Indian journal of veterinary science and animal husbandry - Volumes 26-27, 1956-1957
Year: 1956
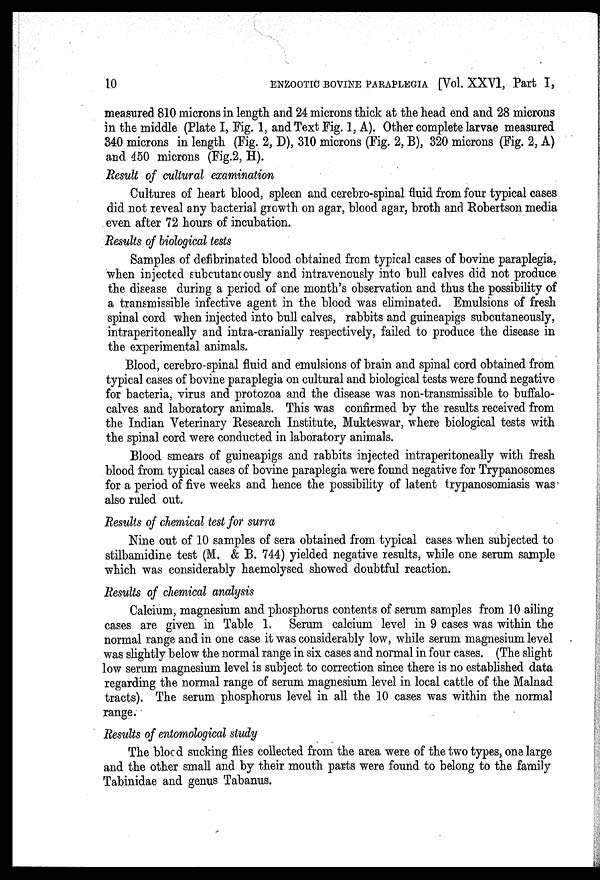
10
ENZOOTIC
BOVINE
PARAPLEGIA
[Vol. XXVI, Part I,
measured 810 microns in length and 24 microns thick at the head end and 28 microns
in the middle (Plate I, Fig. 1, and Text Fig. 1, A). Other complete larvae measured
340 microns in length (Fig. 2, D), 310 microns (Fig. 2, B), 320 microns (Fig. 2, A)
and 450 microns (Fig.2, H).
Result of cultural examination
Cultures of heart blood, spleen and cerebro-spinal fluid from four typical cases
did not reveal any bacterial growth on agar, blood agar, broth and Robertson media
even after 72 hours of incubation.
Results of biological tests
Samples of defibrinated blood obtained from typical cases of bovine paraplegia,
when injected subcutaneously and intravenously into bull calves did not produce
the disease during a period of one month's observation and thus the possibility of
a transmissible infective agent in the blood was eliminated. Emulsions of fresh
spinal cord when injected into bull calves, rabbits and guineapigs subcutaneously,
intraperitoneally and intra-cranially respectively, failed to produce the disease in
the experimental animals.
Blood, cerebro-spinal fluid and emulsions of brain and spinal cord obtained from
typical cases of bovine paraplegia on cultural and biological tests were found negative
for bacteria, virus and protozoa and the disease was non-transmissible to buffalo-
calves and laboratory animals. This was confirmed by the results received from
the Indian Veterinary Research Institute, Mukteswar, where biological tests with
the spinal cord were conducted in laboratory animals.
Blood smears of guineapigs and rabbits injected intraperitoneally with fresh
blood from typical cases of bovine paraplegia were found negative for Trypanosomes
for a period of five weeks and hence the possibility of latent trypanosomiasis was
also ruled out.
Results of chemical test for surra
Nine out of 10 samples of sera obtained from typical cases when subjected to
stilbamidine test (M. & B. 744) yielded negative results, while one serum sample
which was considerably haemolysed showed doubtful reaction.
Results of chemical analysis
Calcium, magnesium and phosphorus contents of serum samples from 10 ailing
cases are given in Table 1. Serum calcium level in 9 cases was within the
normal range and in one case it was considerably low, while serum magnesium level
was slightly below the normal range in six cases and normal in four cases. (The slight
low serum magnesium level is subject to correction since there is no established data
regarding the normal range of serum magnesium level in local cattle of the Malnad
tracts). The serum phosphorus level in all the 10 cases was within the normal
range.
Results of entomological study
The blood sucking flies collected from the area were of the two types, one large
and the other small and by their mouth parts were found to belong to the family
Tabinidae and genus Tabanus.